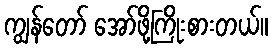
ကျွန်တော် အော်ဖို့ကြိုးစားတယ်။